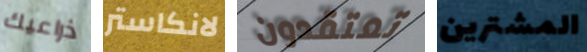
ذراعيك لانكاستر تعتقدون المشترين